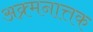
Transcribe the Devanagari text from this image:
अक्र्मनात्तक